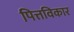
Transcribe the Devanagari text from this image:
पित्तविकार